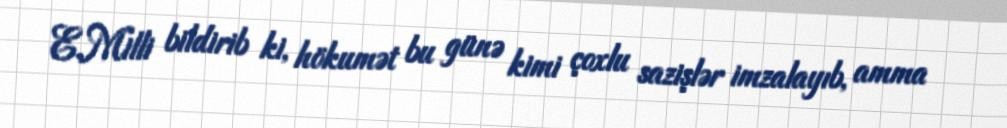
E.Milli bildirib ki, hökumət bu günə kimi çoxlu sazişlər imzalayıb, amma